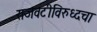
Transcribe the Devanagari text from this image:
राजवटीविरुध्दचा